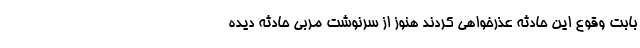
بابت وقوع این حادثه عذرخواهی کردند هنوز از سرنوشت مربی حادثه دیده